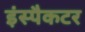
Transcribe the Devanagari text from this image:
इंस्पैकटर